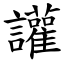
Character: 讙